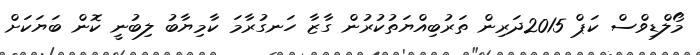
މޯލްޑިވްސް ކަޕް 2015ދަރިން ތަރުބިއްޔަތުކުރުން ގާޒާ ހަނގުރާމަ ކާމިޔާބު ލިބުނީ ކޮން ބަޔަކަށް